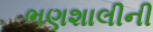
ભણશાલીની